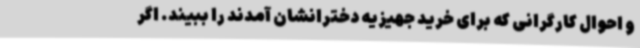
و احوال کارگرانی که برای خرید جهیزیه دخترانشان آمدند را ببیند. اگر